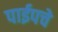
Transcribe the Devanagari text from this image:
पाईपचे